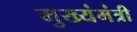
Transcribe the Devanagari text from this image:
मुख्यंमंत्री